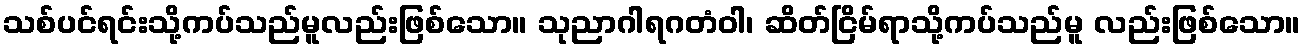
သစ်ပင်ရင်းသို့ကပ်သည်မူလည်းဖြစ်သော။ သုညာဂါရဂတံဝါ၊ ဆိတ်ငြိမ်ရာသို့ကပ်သည်မူ လည်းဖြစ်သော။